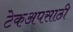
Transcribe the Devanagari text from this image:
टेकअपसाठी